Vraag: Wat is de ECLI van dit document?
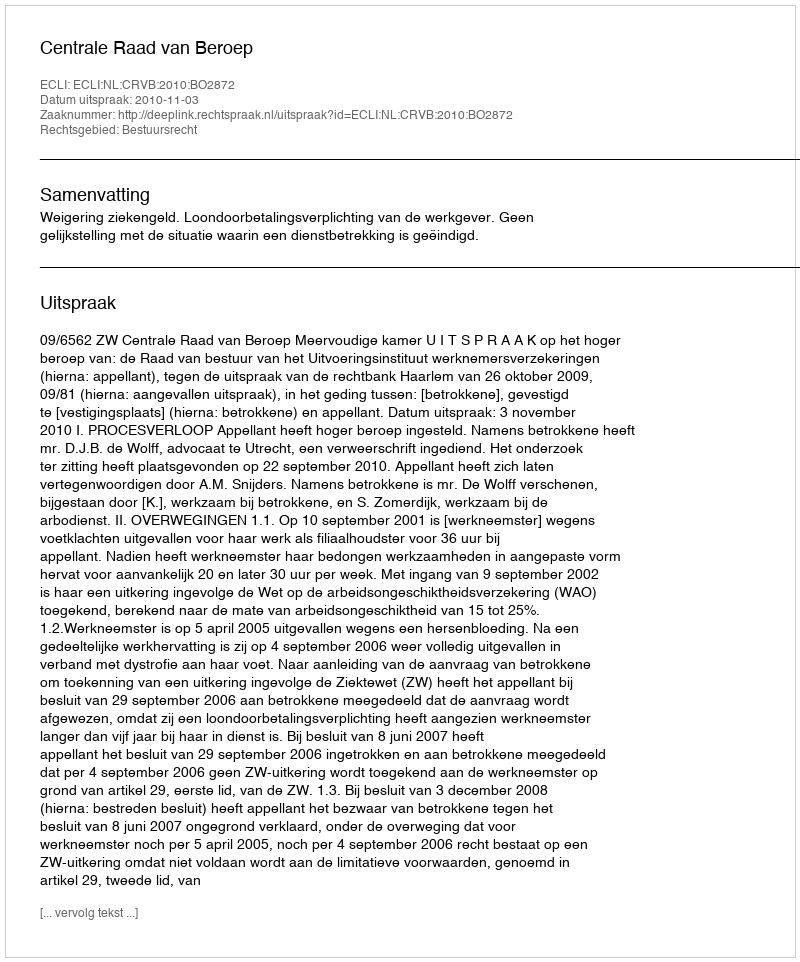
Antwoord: ECLI:NL:CRVB:2010:BO2872